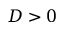
D > 0